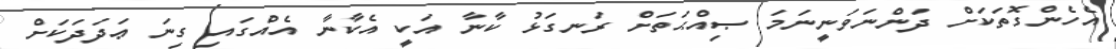
އެހެންގޮތަކަށް ދަންނަވަނީނަމަ ޞިއްޙަތަށް ރަނގަޅު ކާނާ އަކީ އެކާނާ އެއްގައި ގިނަ ޢަދަދަކަށް